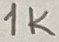
Text: 1k